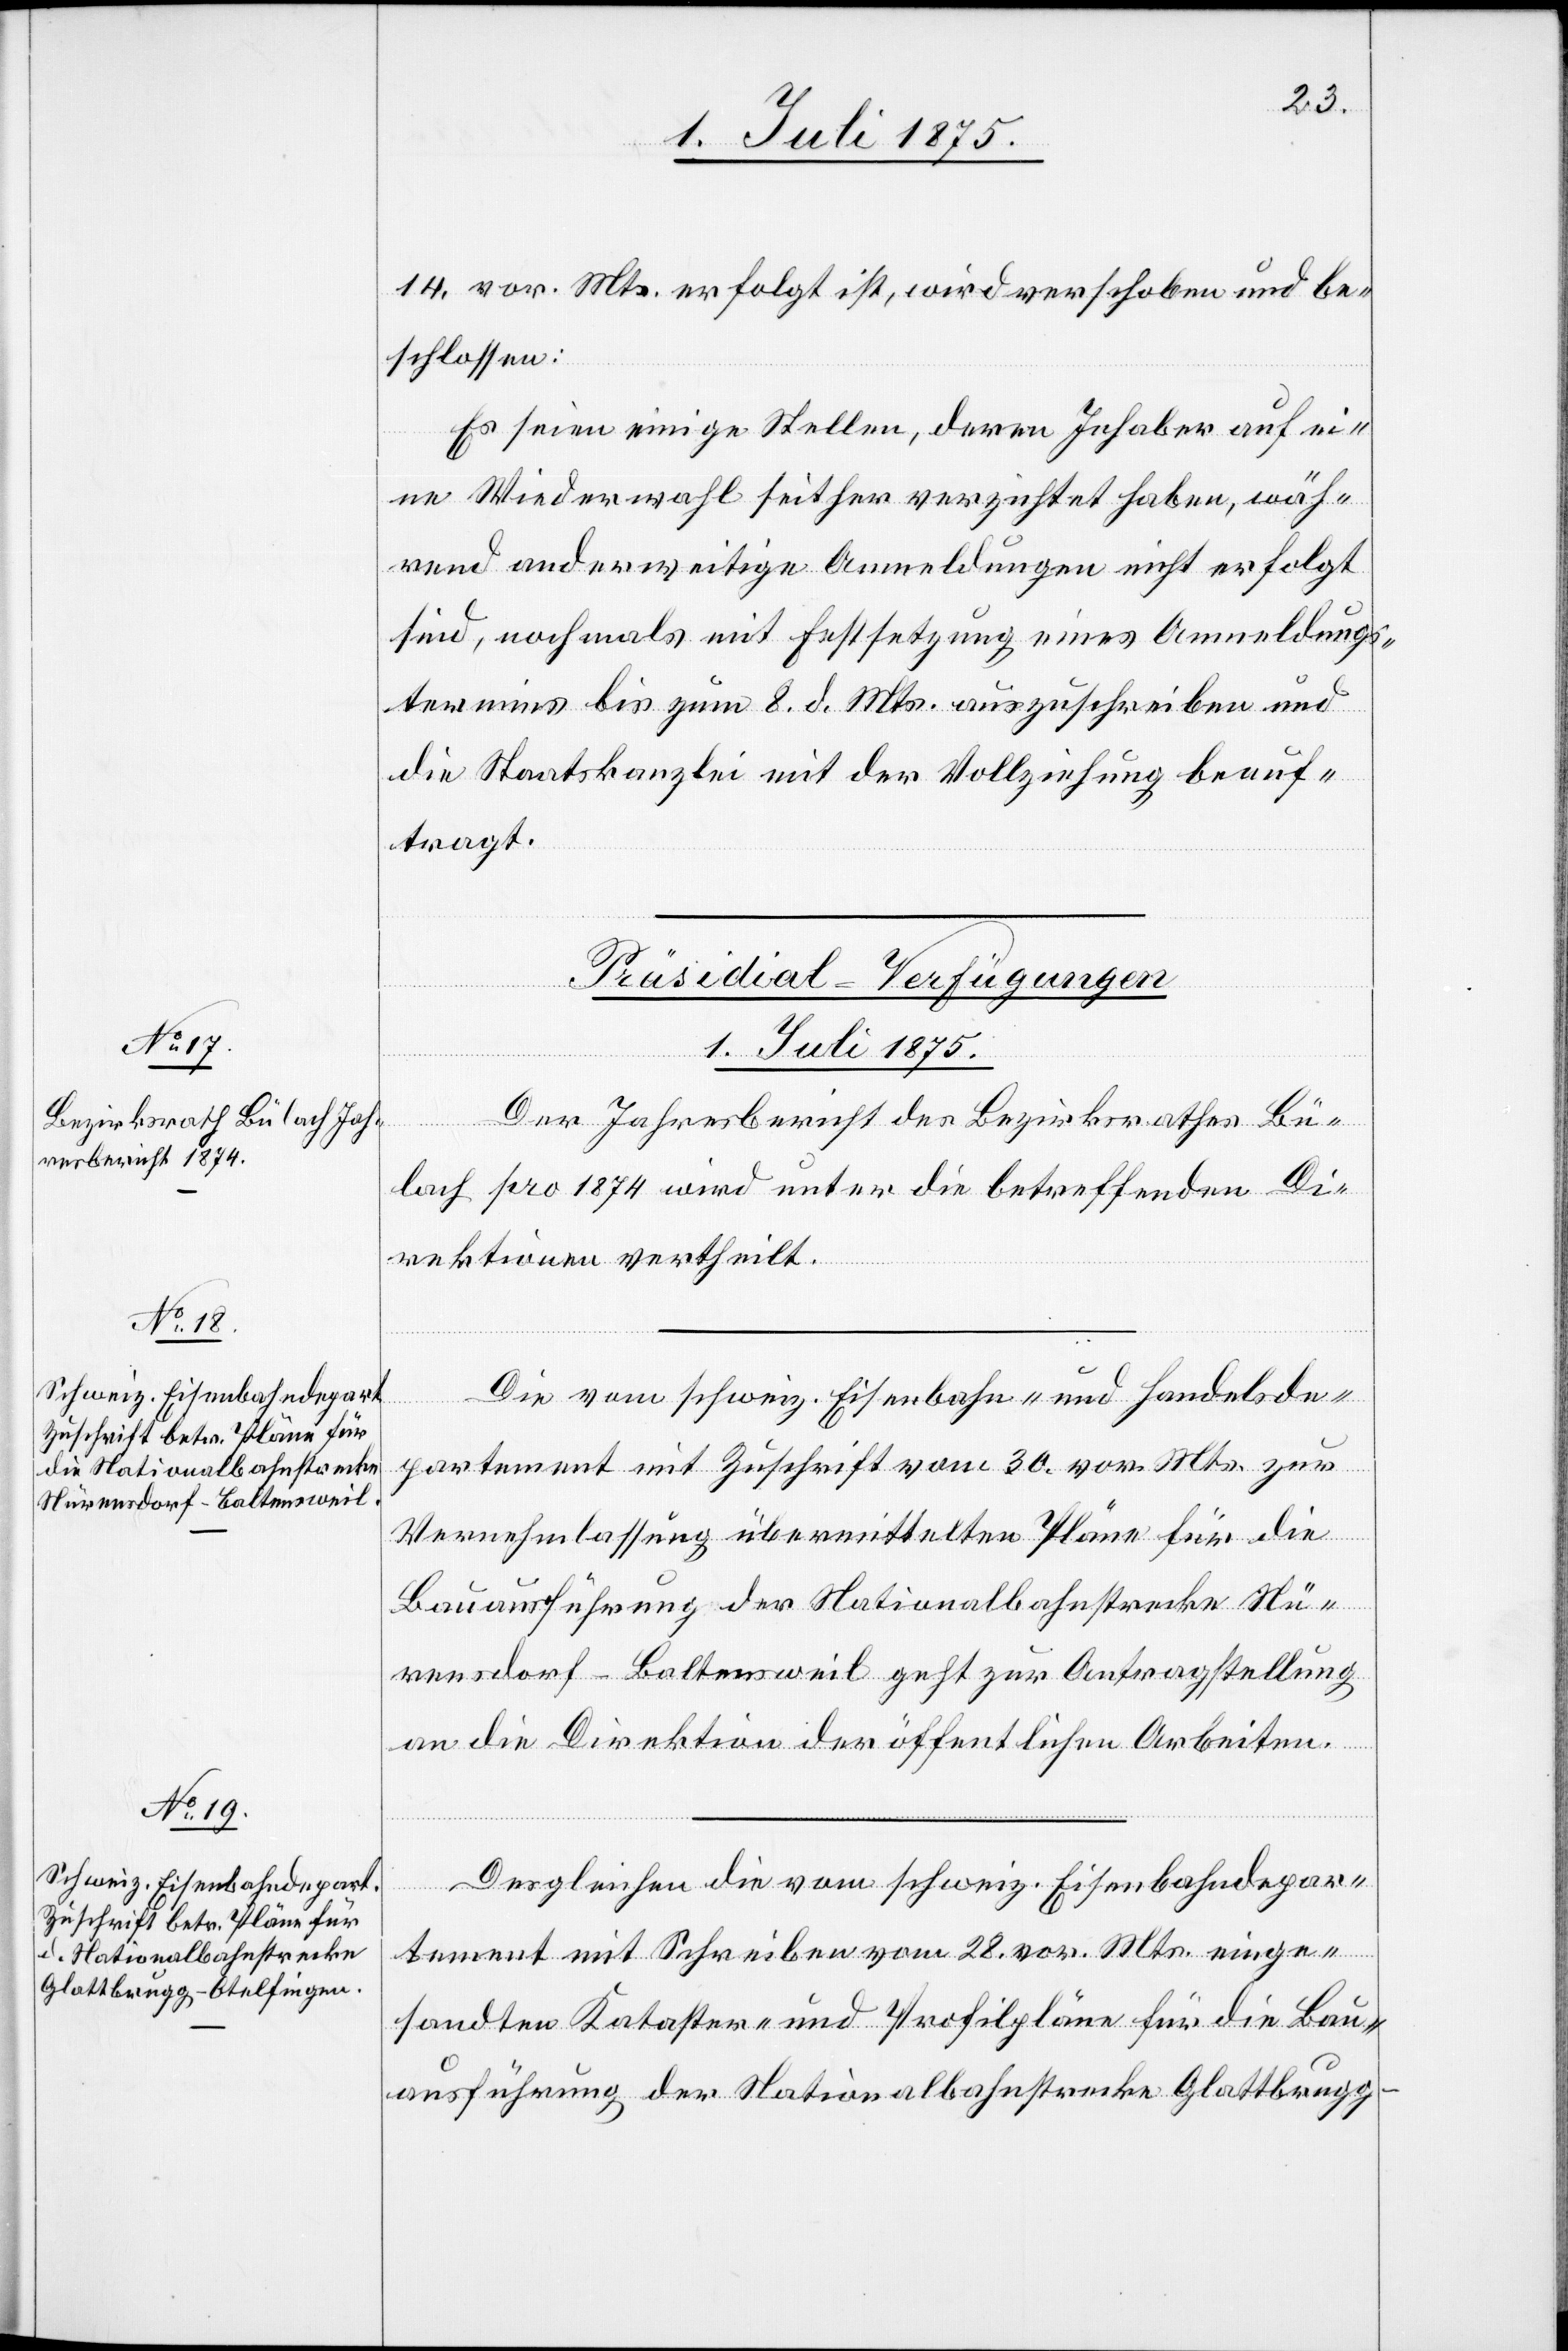
14. vor. Mts. erfolgt ist, wird verschoben und be¬
schlossen:
Es seien einige Stellen, deren Inhaber auf ei¬
ne Wiederwahl seither verzichtet haben, wäh¬
rend anderweitige Anmeldungen nicht erfolgt
sind, nochmals mit Festsetzung eines Anmeldungs¬
termins bis zum 8. d. Mts. auszuschreiben und
die Staatskanzlei mit der Vollziehung beauf¬
tragt.
[Präsidial-Verfügungen
1. Juli 1875.]
Der Jahresbericht des Bezirksrathes Bü¬
lach pro 1874 wird unter die betreffenden Di¬
rektionen vertheilt.
Die vom schweiz. Eisenbahn- und Handelsde¬
partement mit Zuschrift vom 30. vor. Mts. zur
Vernehmlassung übermittelten Pläne für die
Bauausführung der Nationalbahnstrecke Nü¬
rensdorf–Baltensweil geht zur Antragstellung
an die Direktion der öffentlichen Arbeiten.
Desgleichen die vom schweiz. Eisenbahndepar¬
tement mit Schreiben vom 28. vor. Mts. einge¬
sandten Kataster- und Profilpläne für die Bau¬
ausführung der Nationalbahnstrecke Glattbrugg–